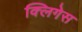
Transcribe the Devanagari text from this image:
क्लिगेस